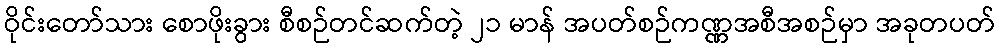
ဝိုင်းတော်သား စောဖိုးခွား စီစဉ်တင်ဆက်တဲ့ ၂၁ မာန် အပတ်စဉ်ကဏ္ဏအစီအစဉ်မှာ အခုတပတ်